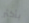
بأكثر